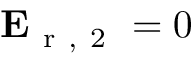
\mathbf { E } _ { \mathrm { ~ r ~ , ~ 2 ~ } } = 0